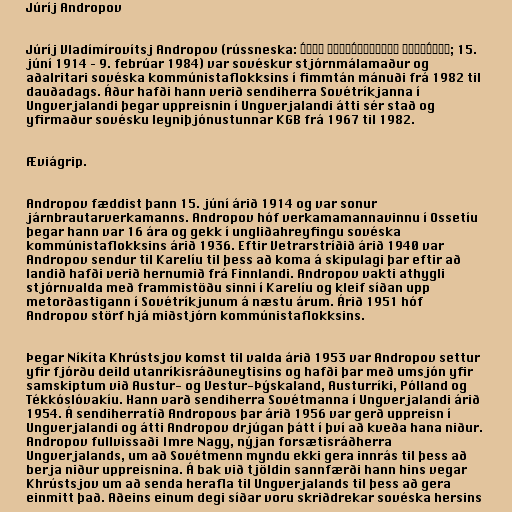
Júríj Andropov

Júríj Vladímírovítsj Andropov (rússneska: Ю́рий Влади́мирович Андро́пов; 15.
júní 1914 – 9. febrúar 1984) var sovéskur stjórnmálamaður og
aðalritari sovéska kommúnistaflokksins í fimmtán mánuði frá 1982 til
dauðadags. Áður hafði hann verið sendiherra Sovétríkjanna í
Ungverjalandi þegar uppreisnin í Ungverjalandi átti sér stað og
yfirmaður sovésku leyniþjónustunnar KGB frá 1967 til 1982.

Æviágrip.

Andropov fæddist þann 15. júní árið 1914 og var sonur
járnbrautarverkamanns. Andropov hóf verkamamannavinnu í Ossetíu
þegar hann var 16 ára og gekk í ungliðahreyfingu sovéska
kommúnistaflokksins árið 1936. Eftir Vetrarstríðið árið 1940 var
Andropov sendur til Karelíu til þess að koma á skipulagi þar eftir að
landið hafði verið hernumið frá Finnlandi. Andropov vakti athygli
stjórnvalda með frammistöðu sinni í Karelíu og kleif síðan upp
metorðastigann í Sovétríkjunum á næstu árum. Árið 1951 hóf
Andropov störf hjá miðstjórn kommúnistaflokksins.

Þegar Níkíta Khrústsjov komst til valda árið 1953 var Andropov settur
yfir fjórðu deild utanríkisráðuneytisins og hafði þar með umsjón yfir
samskiptum við Austur- og Vestur-Þýskaland, Austurríki, Pólland og
Tékkóslóvakíu. Hann varð sendiherra Sovétmanna í Ungverjalandi árið
1954. Á sendiherratíð Andropovs þar árið 1956 var gerð uppreisn í
Ungverjalandi og átti Andropov drjúgan þátt í því að kveða hana niður.
Andropov fullvissaði Imre Nagy, nýjan forsætisráðherra
Ungverjalands, um að Sovétmenn myndu ekki gera innrás til þess að
berja niður uppreisnina. Á bak við tjöldin sannfærði hann hins vegar
Khrústsjov um að senda herafla til Ungverjalands til þess að gera
einmitt það. Aðeins einum degi síðar voru skriðdrekar sovéska hersins